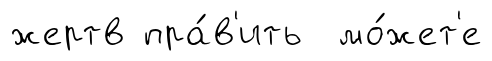
жертв пра́в'ить мо́жет'е